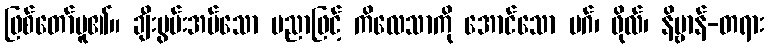
ဖြစ်တော်မူ၏။ ချီးမွမ်းအပ်သော ပညာဖြင့် ကိလေသာကို အောင်သော မဂ်၊ ဖိုလ်၊ နိဗ္ဗာန်-တရား